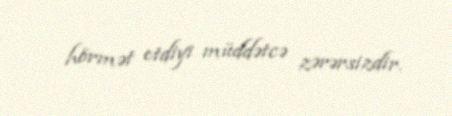
hörmət etdiyi müddətcə zərərsizdir.